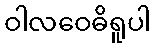
ဝါလဝေဓိရူပါ